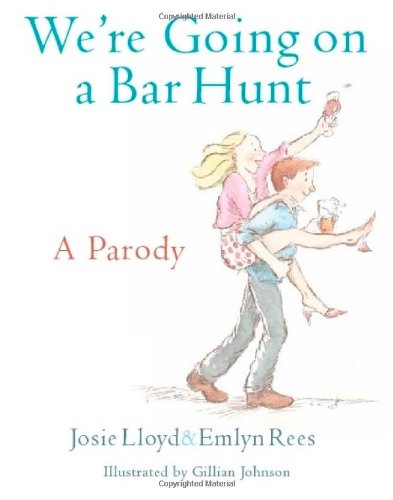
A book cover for We're Going On A Bar Hunt: A Parody; Josie Lloyd; Humor & Entertainment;